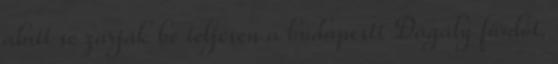
alatt se zárják be teljesen a budapesti Dagály fürdőt.